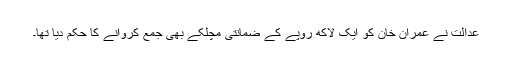
عدالت نے عمران خان کو ایک لاکھ روپے کے ضمانتی مچلکے بھی جمع کروانے کا حکم دیا تھا۔